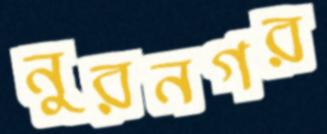
নুরনগর